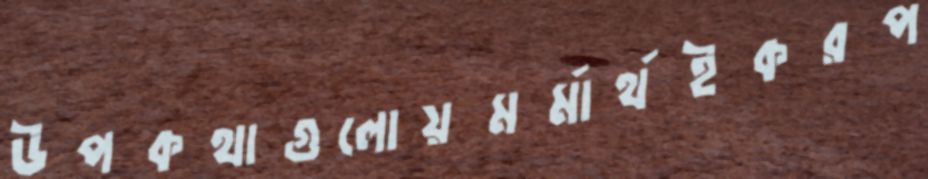
উপকথাগুলোয়মর্মার্থইকরপ